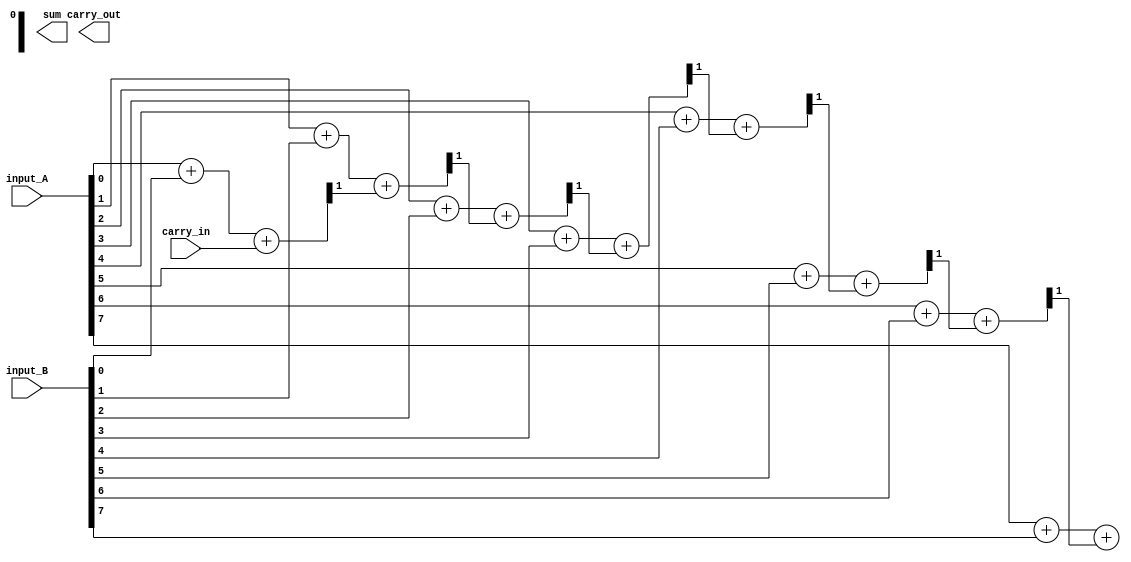
module manchester_carry_chain_adder (
    input wire [7:0] input_A,
    input wire [7:0] input_B,
    input wire carry_in,
    output wire [8:0] sum,
    output wire carry_out
);

wire [7:0] carry;
wire [8:0] partial_sum;

// Manchester carry chain configuration
assign carry[0] = carry_in;
assign {carry[1], partial_sum[0]} = input_A[0] + input_B[0] + carry[0];
assign {carry[2], partial_sum[1]} = input_A[1] + input_B[1] + carry[1];
assign {carry[3], partial_sum[2]} = input_A[2] + input_B[2] + carry[2];
assign {carry[4], partial_sum[3]} = input_A[3] + input_B[3] + carry[3];
assign {carry[5], partial_sum[4]} = input_A[4] + input_B[4] + carry[4];
assign {carry[6], partial_sum[5]} = input_A[5] + input_B[5] + carry[5];
assign {carry[7], partial_sum[6]} = input_A[6] + input_B[6] + carry[6];
assign {carry[8], sum[7]} = input_A[7] + input_B[7] + carry[7];

assign carry_out = carry[8];
assign sum = {partial_sum, carry[8]};

endmodule